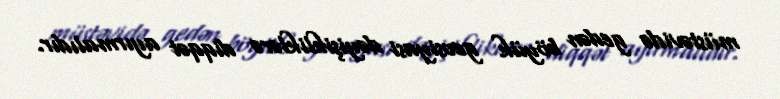
müstəvidə gedən böyük geosiyasi dəyişikliklərə diqqət ayırmalıdır.